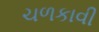
ચળકાવી